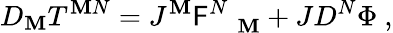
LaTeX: D_{\mathbf{M}}T^{\mathbf{M}N}=J^{\mathbf{M}}\mathsf{F}_{\quad\mathbf{M}}^{N}+JD^{N}\Phi~,